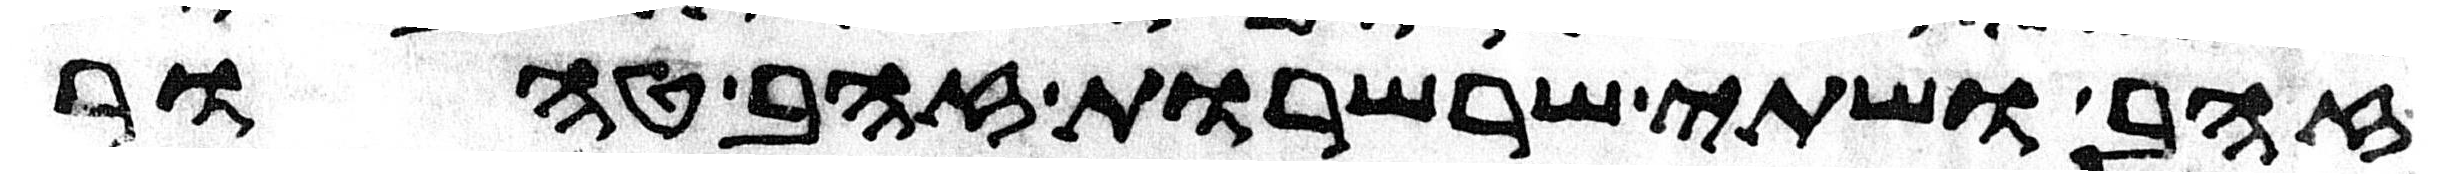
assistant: זהב ושתי שרשרות זהב טהור